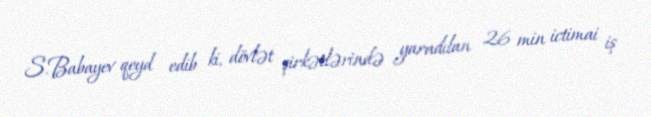
S.Babayev qeyd edib ki, dövlət şirkətlərində yaradılan 26 min ictimai iş